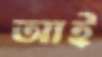
আই